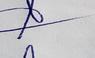
Signature authenticity: genuine